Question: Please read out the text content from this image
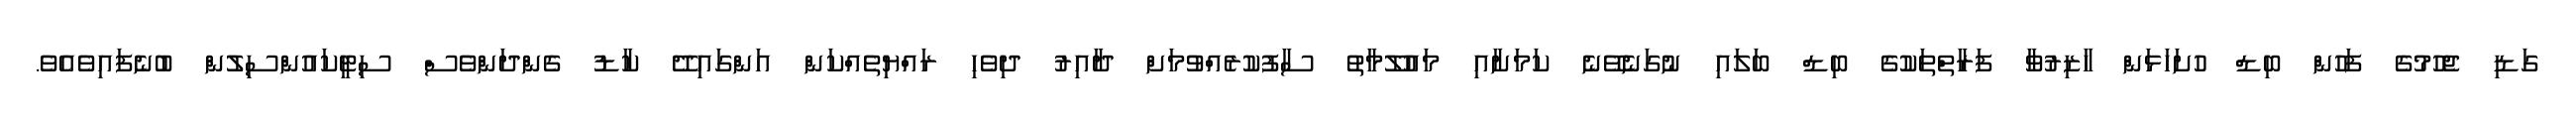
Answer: ގަޑި ޖެހުމުގެ ފަހުން ބިޑް ހުށަހަޅަން ހާޒިރުވާ ފަރާތްތަކުގެ ބިޑް ބަލައި ނުގަނެވޭނެ ކަމަށާއި މައުލޫމާތު ސާފުކުރެއްވުމަށް ދާއިރު ދިވެހި ރައްޔިތެއްކަން އަންގައިދޭ ކާޑު ގެންދަންވެސް ސިޓީކައުންސިލުން ބުނެފައިވެއެވެ.